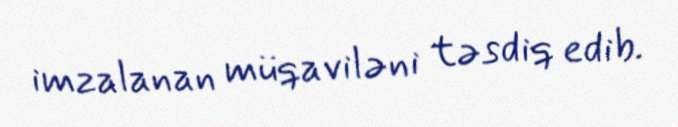
imzalanan müqaviləni təsdiq edib.